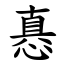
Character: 㥲